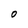
Character: O